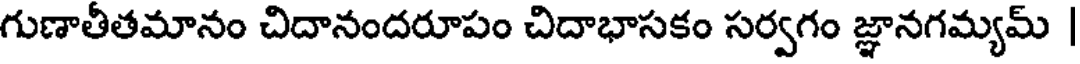
గుణాతీతమానం చిదానందరూపం చిదాభాసకం సర్వగం జ్ఞానగమ్యమ్